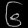
Digit: ၆